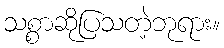
သစ္စာဆိုပြသတဲ့ဘုရား။